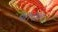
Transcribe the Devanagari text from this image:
भैरोपोल